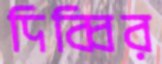
দিব্বির